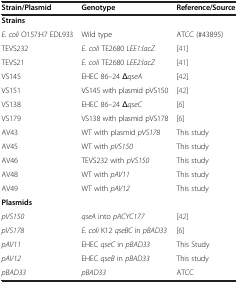
<table><thead><tr><td><b>Strain/Plasmid</b></td><td><b>Genotype</b></td><td><b>Reference/Source</b></td></tr></thead><tbody><tr><td><b>Strains</b></td><td> </td><td> </td></tr><tr><td><i>E. coli</i> O157:H7 EDL933</td><td>Wild type</td><td>ATCC (#43895)</td></tr><tr><td>TEVS232</td><td><i>E. coli</i> TE2680 <i>LEE1:lacZ</i></td><td>[41]</td></tr><tr><td>TEVS21</td><td><i>E. coli</i> TE2680 <i>LEE2:lacZ</i></td><td>[41]</td></tr><tr><td>VS145</td><td>EHEC 86–24 Δ<i>qseA</i></td><td>[42]</td></tr><tr><td>VS151</td><td>VS145 with plasmid pVS150</td><td>[42]</td></tr><tr><td>VS138</td><td>EHEC 86–24 Δ<i>qseC</i></td><td>[6]</td></tr><tr><td>VS179</td><td>VS138 with plasmid pVS178</td><td>[6]</td></tr><tr><td>AV43</td><td>WT with plasmid <i>pVS178</i></td><td>This study</td></tr><tr><td>AV45</td><td>WT with <i>pVS150</i></td><td>This study</td></tr><tr><td>AV46</td><td>TEVS232 with <i>pVS150</i></td><td>This study</td></tr><tr><td>AV48</td><td>WT with <i>pAV11</i></td><td>This study</td></tr><tr><td>AV49</td><td>WT with <i>pAV12</i></td><td>This study</td></tr><tr><td><b>Plasmids</b></td><td> </td><td> </td></tr><tr><td><i>pVS150</i></td><td><i>qseA</i> into <i>pACYC177</i></td><td>[42]</td></tr><tr><td><i>pVS178</i></td><td><i>E. coli</i> K12 <i>qseBC</i> in <i>pBAD33</i></td><td>[6]</td></tr><tr><td><i>pAV11</i></td><td>EHEC <i>qseC</i> in <i>pBAD33</i></td><td>This Study</td></tr><tr><td><i>pAV12</i></td><td>EHEC <i>qseB</i> in <i>pBAD33</i></td><td>This study</td></tr><tr><td><i>pBAD33</i></td><td><i>pBAD33</i></td><td>ATCC</td></tr></tbody></table>